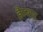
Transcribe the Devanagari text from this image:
हैम्शर